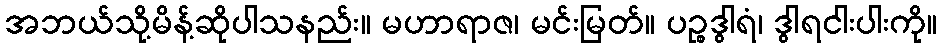
အဘယ်သို့မိန့်ဆိုပါသနည်း။ မဟာရာဇ၊ မင်းမြတ်။ ပဉ္စဒွါရံ၊ ဒွါရငါးပါးကို။